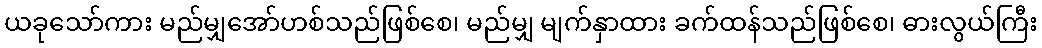
ယခုသော်ကား မည်မျှအော်ဟစ်သည်ဖြစ်စေ၊ မည်မျှ မျက်နှာထား ခက်ထန်သည်ဖြစ်စေ၊ ဓားလွယ်ကြီး